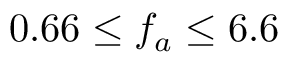
0 . 6 6 \leq f _ { a } \leq 6 . 6